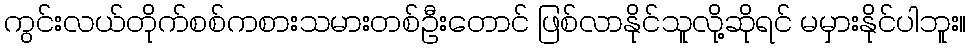
ကွင်းလယ်တိုက်စစ်ကစားသမားတစ်ဦးတောင် ဖြစ်လာနိုင်သူလို့ဆိုရင် မမှားနိုင်ပါဘူး။